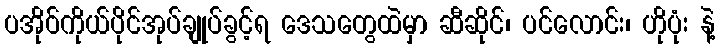
ပအိုဝ်ကိုယ်ပိုင်အုပ်ချုပ်ခွင့်ရ ဒေသတွေထဲမှာ ဆီဆိုင်၊ ပင်လောင်း၊ ဟိုပုံး နဲ့